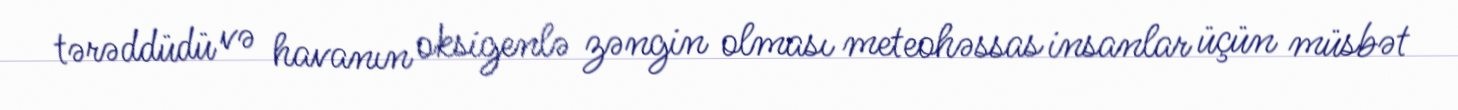
tərəddüdü və havanın oksigenlə zəngin olması meteohəssas insanlar üçün müsbət